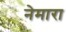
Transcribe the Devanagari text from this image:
नेमारा